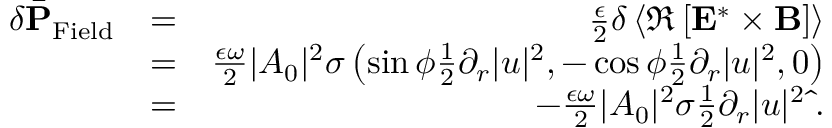
\begin{array} { r l r } { \delta \bar { \bf P } _ { \mathrm { F i e l d } } } & { = } & { \frac { \epsilon } { 2 } \delta \left\langle \Re \left[ { \bf E } ^ { * } \times { \bf B } \right] \right\rangle } \\ & { = } & { \frac { \epsilon \omega } { 2 } | A _ { 0 } | ^ { 2 } \sigma \left( \sin \phi \frac { 1 } { 2 } \partial _ { r } | u | ^ { 2 } , - \cos \phi \frac { 1 } { 2 } \partial _ { r } | u | ^ { 2 } , 0 \right) } \\ & { = } & { - \frac { \epsilon \omega } { 2 } | A _ { 0 } | ^ { 2 } \sigma \frac { 1 } { 2 } \partial _ { r } | u | ^ { 2 } \hat { \bf \Phi } . } \end{array}